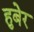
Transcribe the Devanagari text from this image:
हुबेर